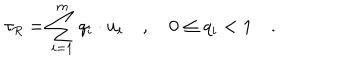
LaTeX: \tau _ { R } = \sum _ { i = 1 } ^ { m } q _ { i } \cdot u _ { i } \quad , \quad 0 \le q _ { i } < 1 \quad .